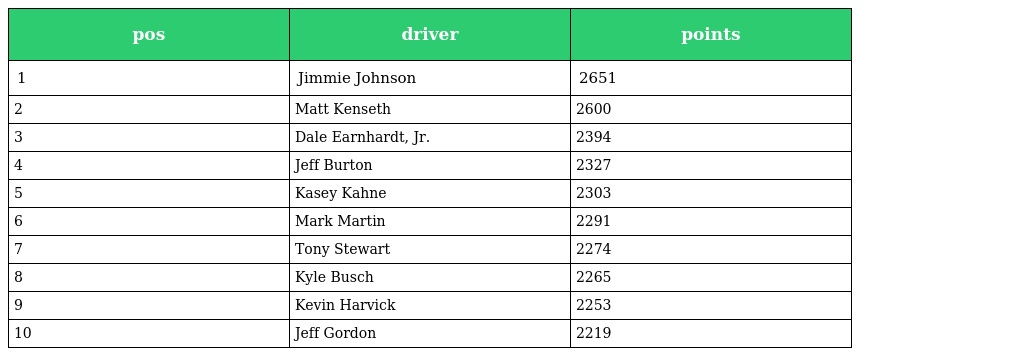
| pos | driver | points |
 | --- | --- | --- |
 | 1 | Jimmie Johnson | 2651 |
 | 2 | Matt Kenseth | 2600 |
 | 3 | Dale Earnhardt, Jr. | 2394 |
 | 4 | Jeff Burton | 2327 |
 | 5 | Kasey Kahne | 2303 |
 | 6 | Mark Martin | 2291 |
 | 7 | Tony Stewart | 2274 |
 | 8 | Kyle Busch | 2265 |
 | 9 | Kevin Harvick | 2253 |
 | 10 | Jeff Gordon | 2219 |